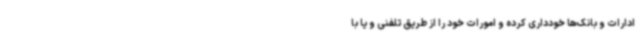
ادارات و بانک‌ها خودداری کرده و امورات خود را از طریق تلفنی و یا با